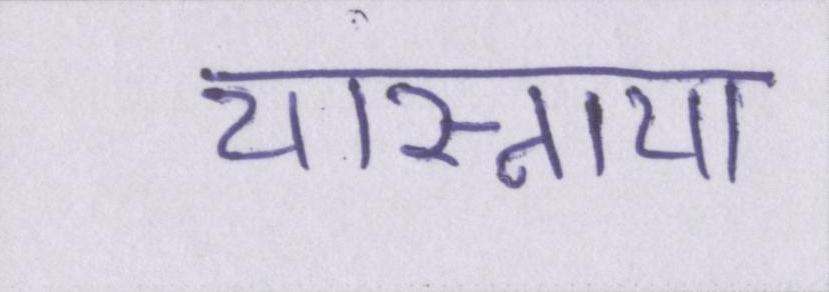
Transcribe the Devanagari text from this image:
यास्नाया